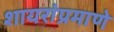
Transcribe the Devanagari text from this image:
शायरांप्रमाणे